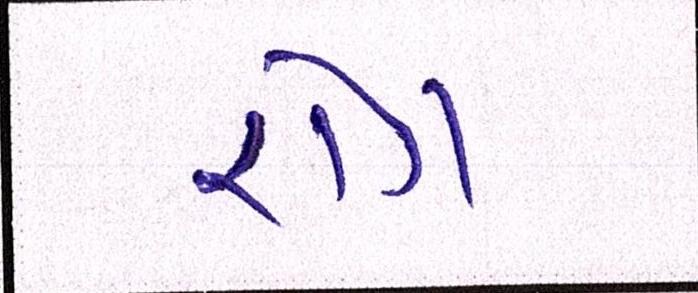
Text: રોગ